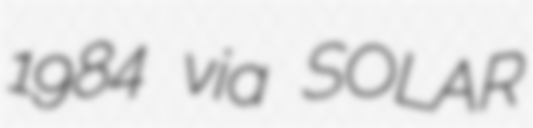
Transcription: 1984 via SOLAR